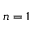
n = 1